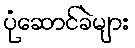
ပုံဆောင်ခဲများ